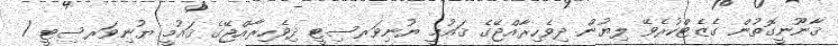
ޤާނޫނީގޮތުން ގެޒެޓްކުރެވޭ ލިޔުން ދިވެހިރާއްޖޭގެ ޤައުމީ ޔުނިވަރސިޓީ ދިވެހިރާއްޖޭގެ ޤައުމީ ޔުނިވަރސިޓީ /